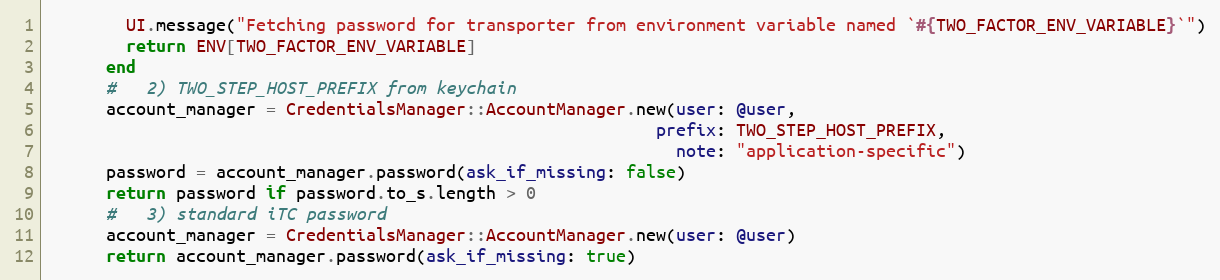
Language: Ruby
        UI.message("Fetching password for transporter from environment variable named `#{TWO_FACTOR_ENV_VARIABLE}`")
        return ENV[TWO_FACTOR_ENV_VARIABLE]
      end
      #   2) TWO_STEP_HOST_PREFIX from keychain
      account_manager = CredentialsManager::AccountManager.new(user: @user,
                                                             prefix: TWO_STEP_HOST_PREFIX,
                                                               note: "application-specific")
      password = account_manager.password(ask_if_missing: false)
      return password if password.to_s.length > 0
      #   3) standard iTC password
      account_manager = CredentialsManager::AccountManager.new(user: @user)
      return account_manager.password(ask_if_missing: true)